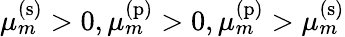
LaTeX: \mu_{m}^{\mathrm{(s)}}>0,\mu_{m}^{\mathrm{(p)}}>0,\mu_{m}^{\mathrm{(p)}}>\mu_{m}^{\mathrm{(s)}}